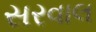
સરવાલ